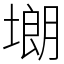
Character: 㙟